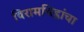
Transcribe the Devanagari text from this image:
विरामचिह्नांचा